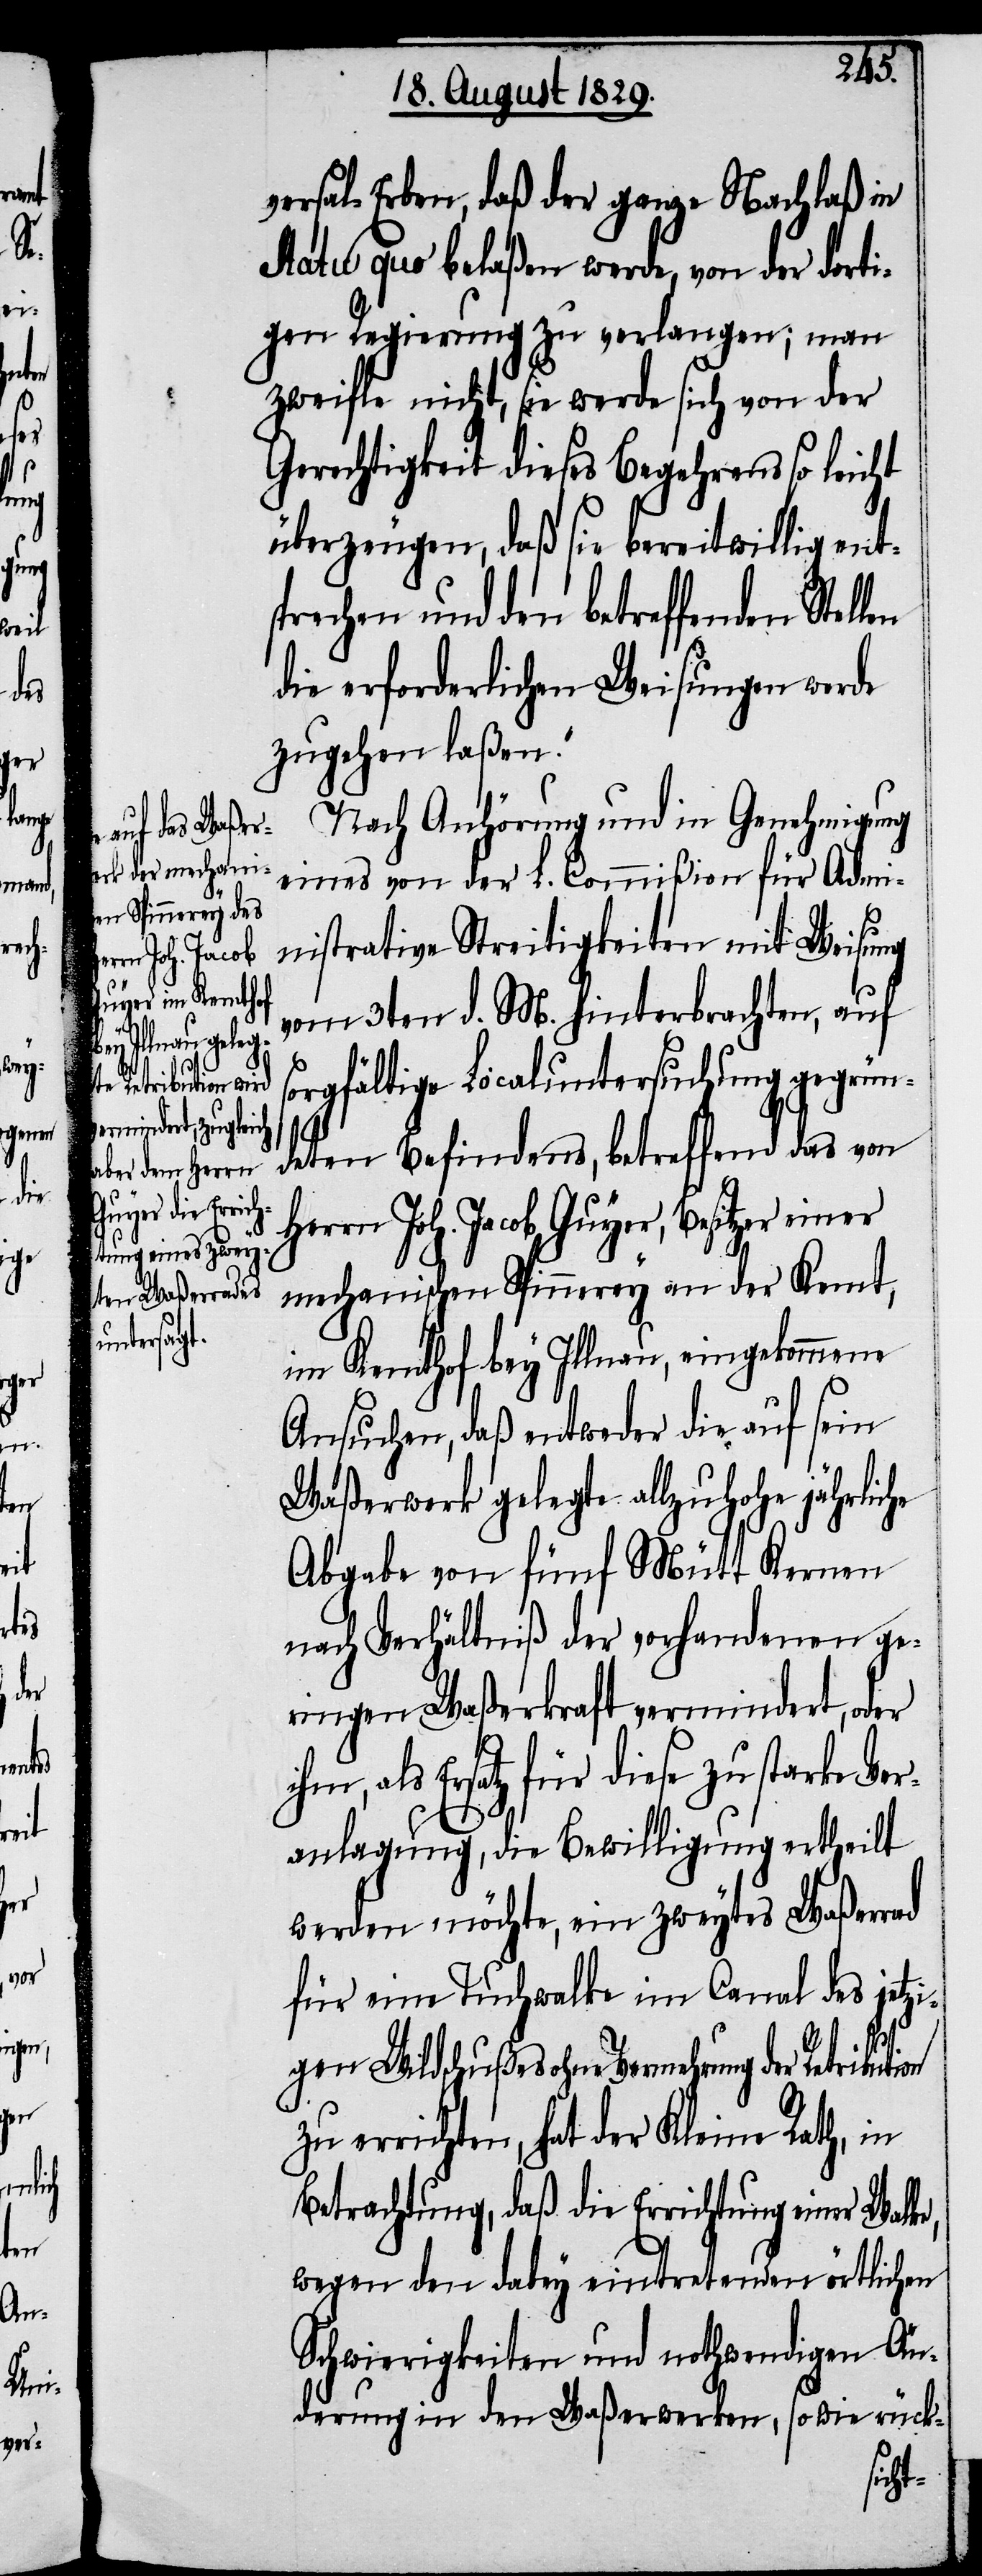
einer
Ver¬

der Retribution

versal-Erben, daß der ganze Nachlaß in
statu quo belaßen werde, von der dorti¬
gen Regierung zu verlangen; man
zweifle nicht, sie werde sich von der
Gerechtigkeit dieses Begehrens so leicht
überzeugen, daß sie bereitwillig ent¬
sprechen und den betreffenden Stel¬
die erforderlichen Weisungen werde
zugehen laßen.“
Nach Anhörung und in Genehmigung
eines von der L. Commißion für Admi¬
nistrative Streitigkeiten mit Weisung
vom 3ten d. M. hinterbrachten, auf
sorgfältige Localuntersuchung gegrün¬
deten Befindens, betreffend das von
Herrn Joh. Jacob Guyer, Besitzer
mechanischen Spinnerey an der Kemt,
im Kemthof bey Illnau, eingekommene
Ansuchen, daß entweder die auf sein
Waßerwerk gelegte allzuhohe jährliche
Abgabe von fünft Mütt Kernen
nach Verhältniß der vorhandenen ge¬
ringen Waßerkraft vermindert, oder
als Ersatz für diese zu starke
anlagung, die Bewilligung ertheilt
werden möchte, ein zweytes Waßerrad
für eine Tuchwalke im Canal des jetzi¬
gen Wildschußes ohne Vermehrung
zu errichten, hat der Kleine Rath, in
Betrachtung, daß die Errichtung einer Walke,
wegen den dabey eintretenden örtlichen
Schwierigkeiten und nothwendigen Än¬
derungen in den Waßerwerken, so wie rück-